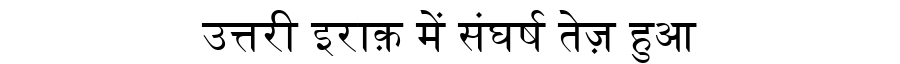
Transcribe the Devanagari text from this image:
उत्तरी इराक़ में संघर्ष तेज़ हुआ